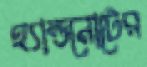
হ্যান্ডনোটের